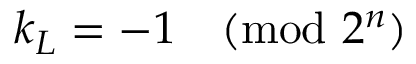
k _ { L } = - 1 { \pmod { 2 ^ { n } } }